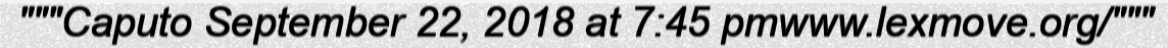
"""Caputo September 22, 2018 at 7:45 pmwww.lexmove.org/"""